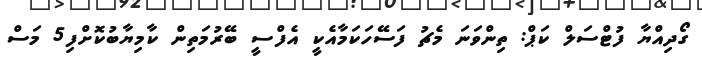
ގޯދިއްޔާ ފުޓްސަލް ކަޕް: ތިންވަނަ މެޗު ފަސޭހަކަމާއެކީ އެފްސީ ބޭރުމަތިން ކާމިޔާބުކޮށްފި5 މަސް